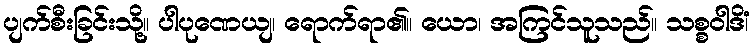
ပျက်စီးခြင်းသို့။ ပါပုဏေယျ၊ ရောက်ရာ၏။ ယော၊ အကြင်သူသည်။ သစ္စဝါဒိံ၊